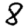
Digit: 8